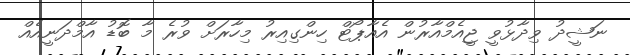
ނަޝީދު ވިދާޅުވީ ޖީއެމްއާރުން އެއާޕޯޓް ހިންގިއިރު މިހާރަށް ވުރެ މާ ބޮޑު އާމްދަނީއެއް